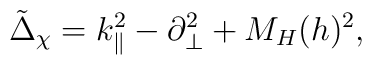
\tilde{\Delta}_{\chi}=k_{\|}^2-\partial_{\bot}^2+M_H(h)^2,